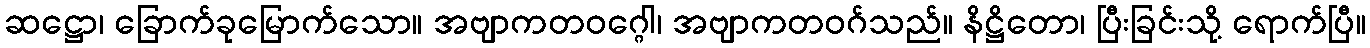
ဆဋ္ဌော၊ ခြောက်ခုမြောက်သော။ အဗျာကတဝဂ္ဂေါ၊ အဗျာကတဝဂ်သည်။ နိဋ္ဌိတော၊ ပြီးခြင်းသို့ ရောက်ပြီ။